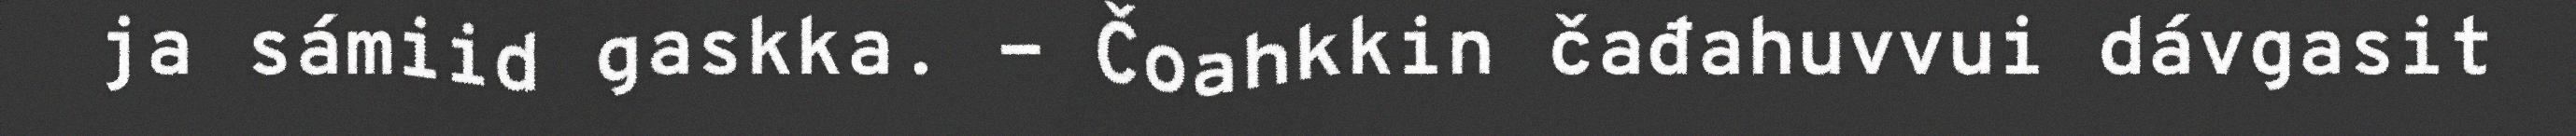
ja sámiid gaskka. - Čoahkkin čađahuvvui dávgasit